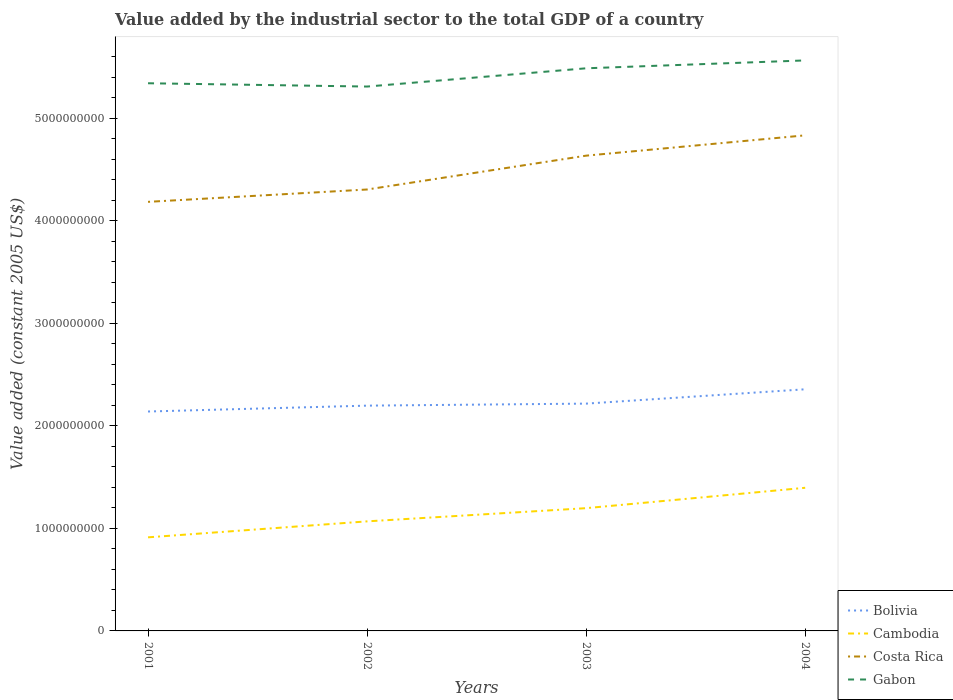
| Years | Bolivia | Cambodia | Costa Rica | Gabon |
 | --- | --- | --- | --- | --- |
 | 2001 | 2.14e+09 | 9.12e+08 | 4.18e+09 | 5.34e+09 |
 | 2002 | 2.2e+09 | 1.07e+09 | 4.3e+09 | 5.31e+09 |
 | 2003 | 2.22e+09 | 1.2e+09 | 4.63e+09 | 5.49e+09 |
 | 2004 | 2.36e+09 | 1.4e+09 | 4.83e+09 | 5.56e+09 |